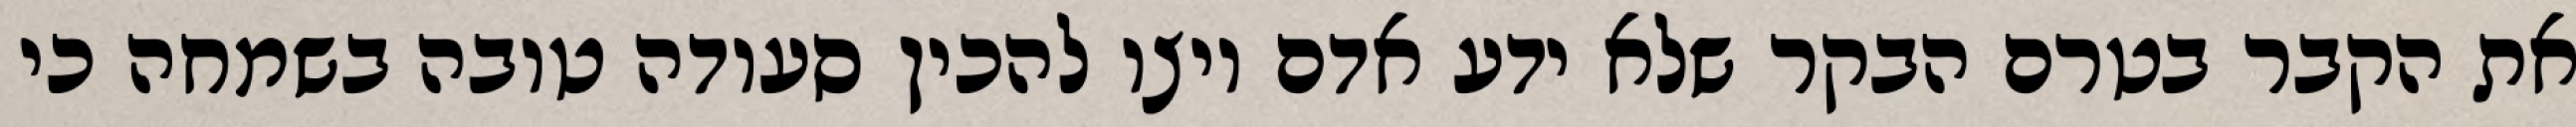
את הקבר בטרם הבקר שלא ידע אדם ויצו להכין סעודה טובה בשמחה כי